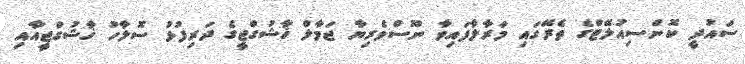
ސައުދީ ކޮންސިއުލޭޓްގެ ތެރޭގައި މަރާލާފައިވާ ނޫސްވެރިޔާ ޖަމާލް ޚާޝުގްޖީގެ ދަރިފުޅު ސޮލާހު ޚާޝުގްޖީއާއި